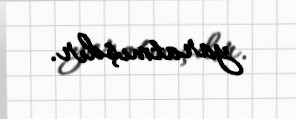
yaratmışdır.